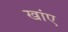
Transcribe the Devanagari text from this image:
खांए